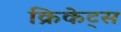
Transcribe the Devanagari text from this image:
क्रिकेट्स